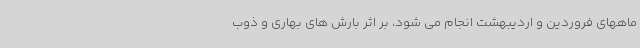
ماههای فروردین و اردیبهشت انجام می شود، بر اثر بارش های بهاری و ذوب